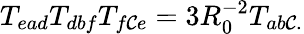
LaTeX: T_{ead}T_{dbf}T_{f\mathcal{C}e}=3R_{0}^{-2}T_{ab\mathcal{C}.}